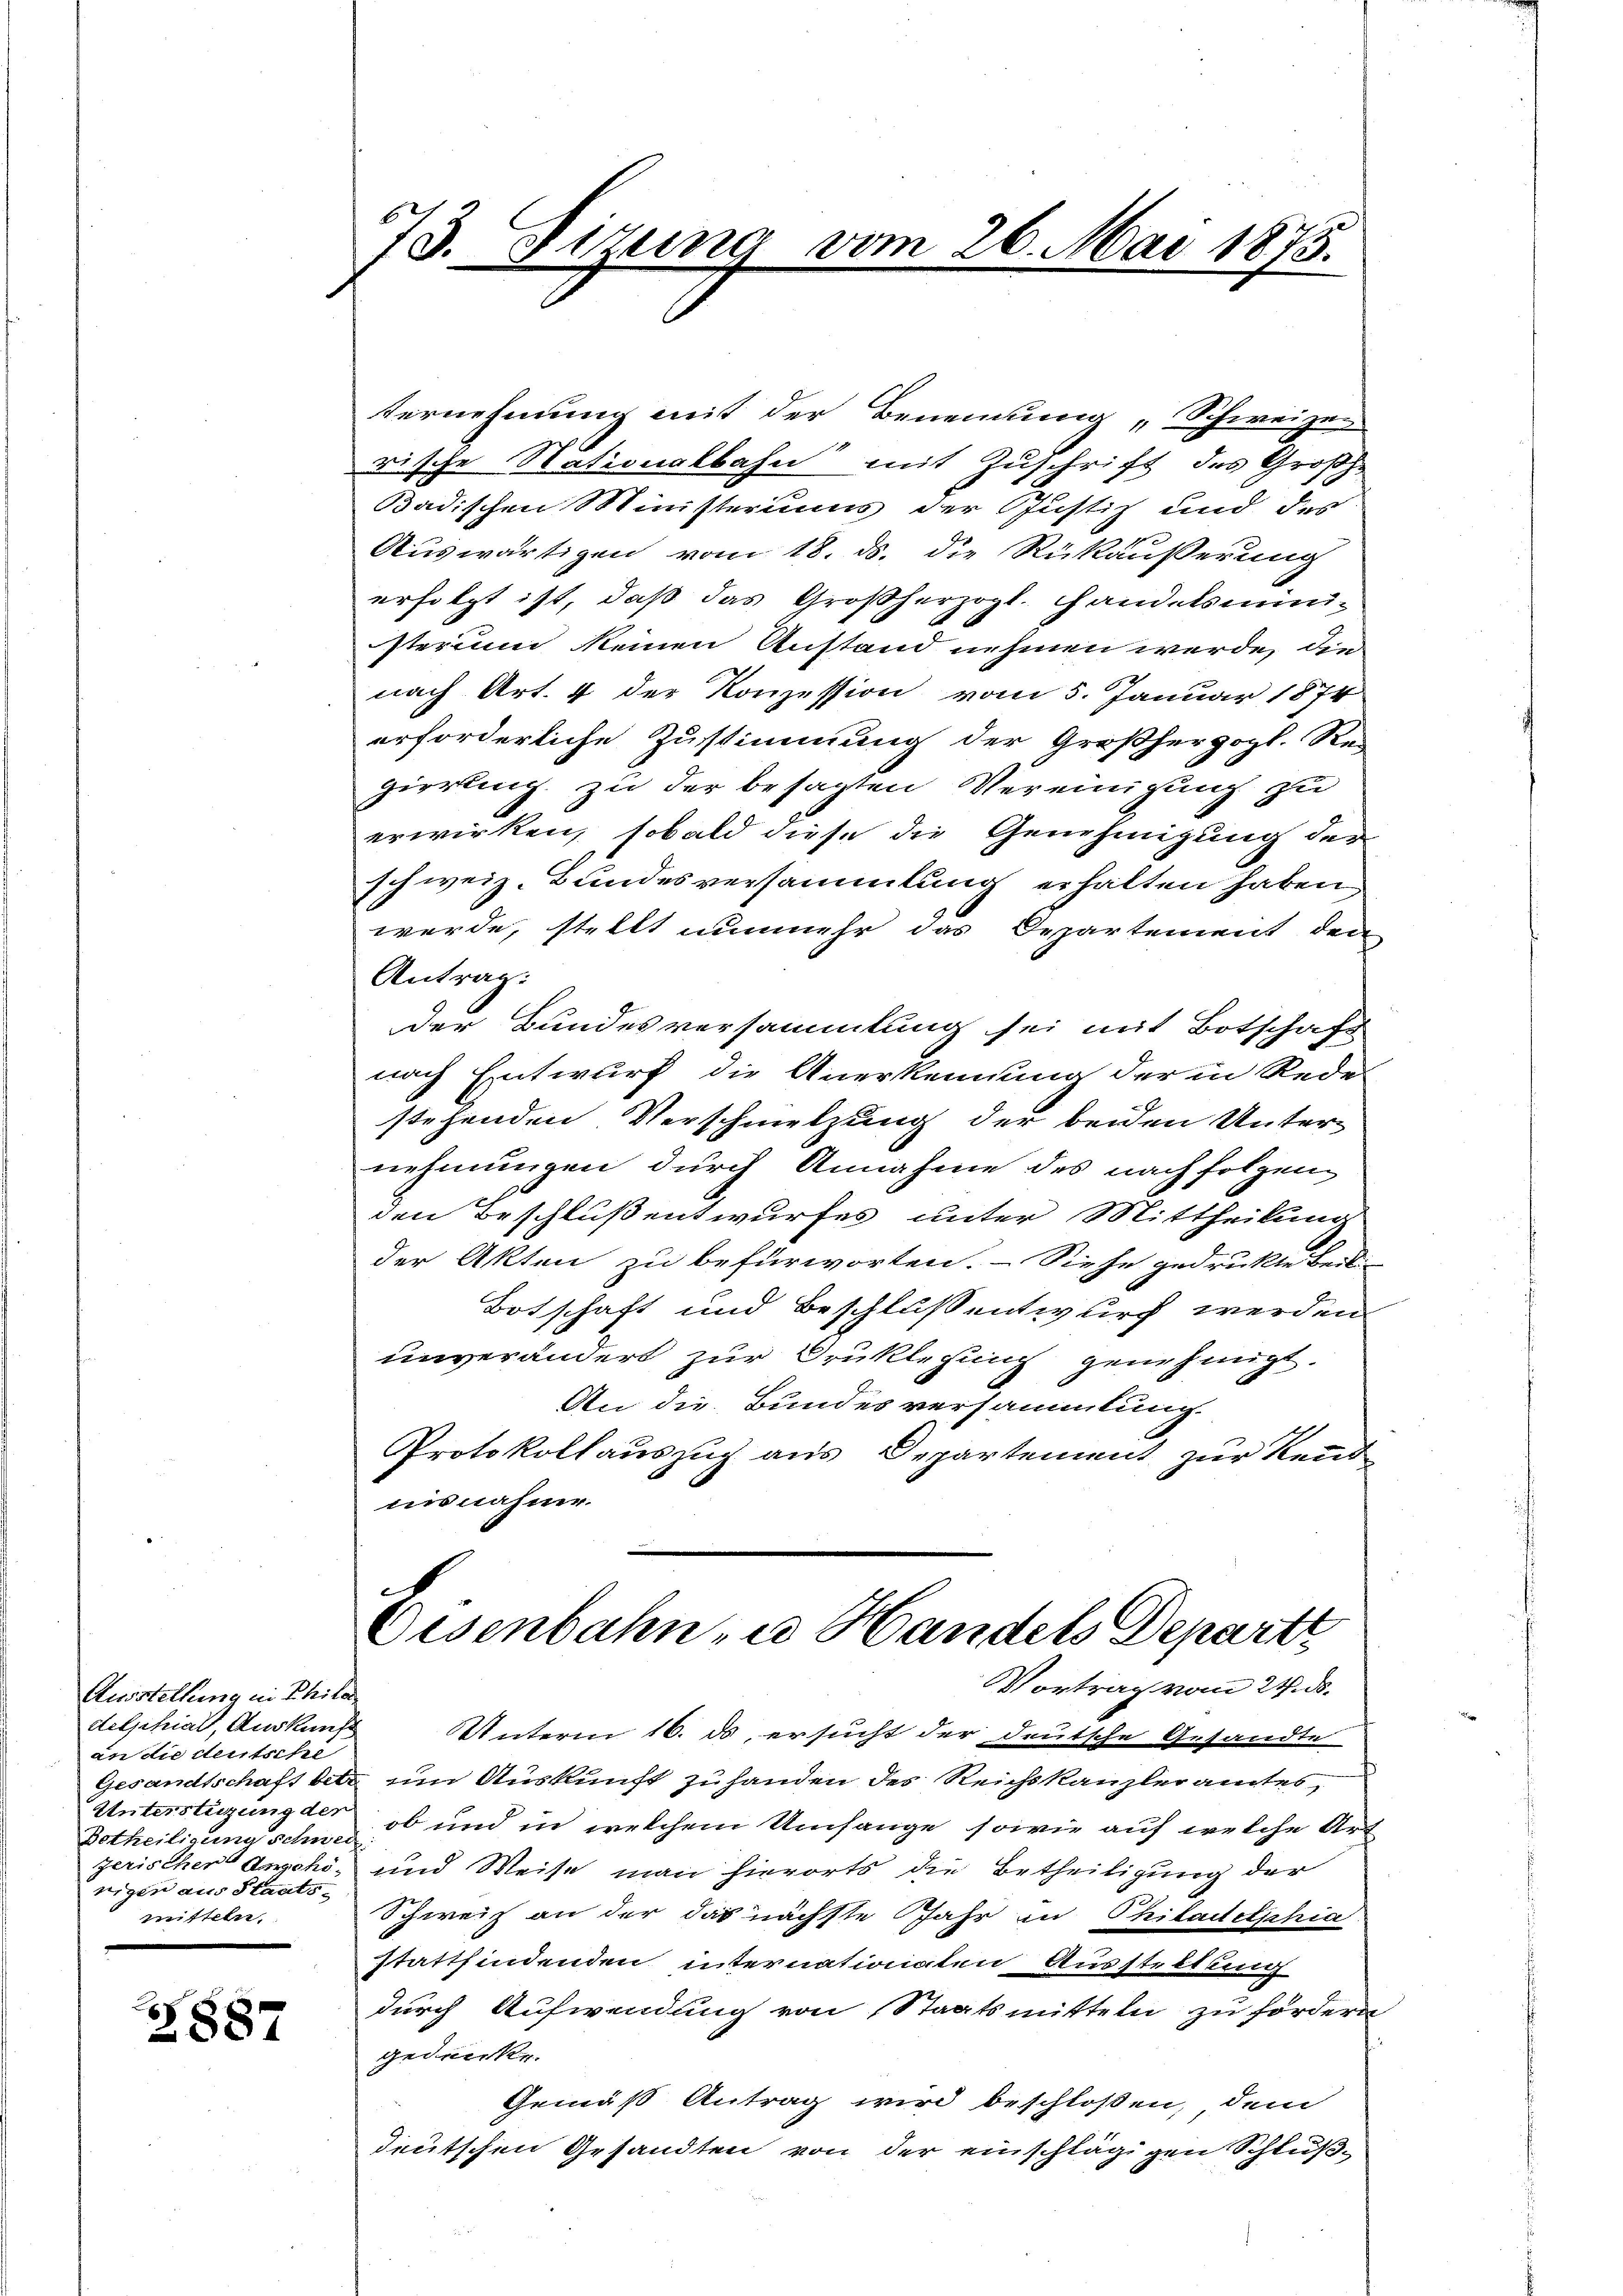
Ausstellung in Philo
delschial, Auskunft
an die deutsche
Gesandtschaft betr
Unterstüzung der
Betheiligung schwed
zerischer Angehönigen aus Staatsmitteln.

Z887

673. Dirung vom 26. Mai 1875.

Vernehmung mit der Benennung „Schweizer
rische Stationalbahn mit Zuschrift des Großhe
Badischen Ministeriums der Justiz und des
Auswärtigen vom 18. ds. die Rückäußerung
erfolgt ist, daß das Großherzogl. Handelsministerium keinen Anstand nehmen werde, die
nach Art. 4 der Konzession vom 5. Januar 1874
erforderliche Zustimmung der Großherzogl. Re-
Herrling zu der besagten Vereinigung zu
erwirken, sobald diese die Genehmigung der
schweiz. Bundesversammlung erhalten haben.
werde, stellt nunmehr das Departement den
Antrag:
der Bundesversammlung sei mit Botschaft
nach Entwurf die Anerkennung der in Rede
stehenden Verschmelzung der beiden Unter-
nehmungen durch Annahme des nachfolgen
den Beschluß entwurfes unter Mittheilung
der Akten zu befürworten. – Siehe gedrukte Beili-
Botschaft und Beschlussentwurch werden
unverändert zur Bruklegung genehmigt.
An die Bundesversammlung.
Protokollauszug aus Departement zur Rend
iisnahme.

Eisenbahn, u. Handels Depart
Vortrag vom 24. ds.

UUnterm 16. ds ersucht der deutsche Gesandte
um Auskunft zu handen des Reichskanzleramtes,
ob und in welchem Umfange, sowie auf welche Art
und Weise man hierorts die Betheiligung der
Schweiz an der das nächste Jahr in Philadetschia
stattfindenden internationaten Ausstellung
durch Aufwendung von Staatsmitteln zu fördern
gedenke.
Gemäß Antrag wird beschloßen, dem
deutschen Gesandten von der einschlägigen Schluß¬